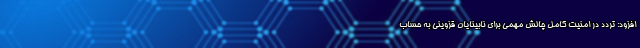
افزود: تردد در امنیت کامل چالش مهمی برای نابینایان قزوینی به حساب